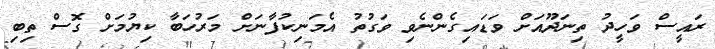
ރައީސް ވަހީދު ތިނަދޫއަށް ވަޑައިގެންނެވި ވަގުތު އެމަނިކުފާނަށް މަރުހަބާ ކިޔުމަށް ގޮސް ތިބި